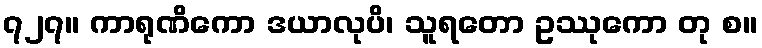
၇၂၇။ ကာရုဏိကော ဒယာလုပိ၊ သူရတော ဥဿုကော တု စ။